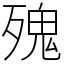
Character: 㱱